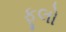
ફૂલો